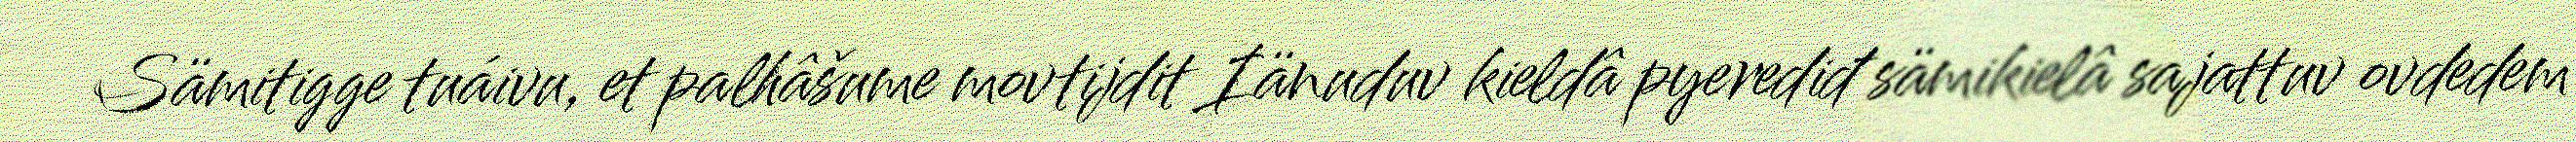
Sämitigge tuáivu, et palhâšume movtijdit Iänuduv kieldâ pyerediđ sämikielâ sajattuv ovdedem